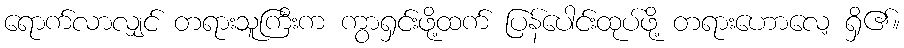
ရောက်လာလျှင် တရားသူကြီးက ကွာရှင်းဖို့ထက် ပြန်ပေါင်းထုပ်ဖို့ တရားဟောလေ့ ရှိ၏။